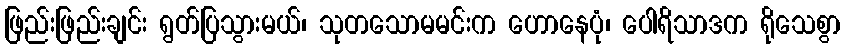
ဖြည်းဖြည်းချင်း ရွတ်ပြသွားမယ်၊ သုတသောမမင်းက ဟောနေပုံ၊ ပေါရိသာဒက ရိုသေစွာ